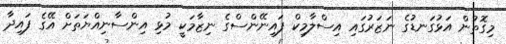
މިގޮތުން އަޅުގަނޑުގެ ނަޒަރުގައި އިސްލާމިކް ފައިނޭންސްގެ ނިޒާމަކީ މުޅި އިންސާނިއްޔަތަށް އޭގެ ފައިދާ